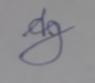
Signature authenticity: forged